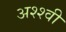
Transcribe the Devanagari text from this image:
अश्श्वी